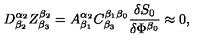
D _ { \beta _ { 2 } } ^ { \alpha _ { 2 } } Z _ { \beta _ { 3 } } ^ { \beta _ { 2 } } = A _ { \beta _ { 1 } } ^ { \alpha _ { 2 } } C _ { \beta _ { 3 } } ^ { \beta _ { 1 } \beta _ { 0 } } \frac { \delta S _ { 0 } } { \delta \Phi ^ { \beta _ { 0 } } } \approx 0 ,